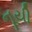
નૂયી